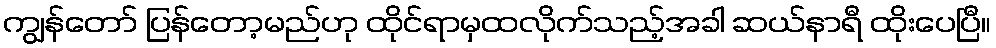
ကျွန်တော် ပြန်တော့မည်ဟု ထိုင်ရာမှထလိုက်သည့်အခါ ဆယ်နာရီ ထိုးပေပြီ။